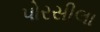
પોરસીલા